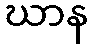
ဃာန